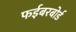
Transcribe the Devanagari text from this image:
फईबरबोर्ड